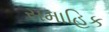
સમાહિક